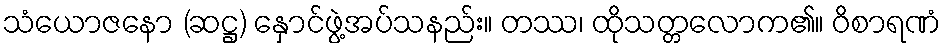
သံယောဇနော (ဆဋ္ဌ) နှောင်ဖွဲ့အပ်သနည်း။ တဿ၊ ထိုသတ္တလောက၏။ ဝိစာရဏံ